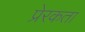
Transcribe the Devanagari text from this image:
प्रेरकता